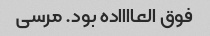
فوق العااااده بود. مرسی